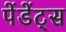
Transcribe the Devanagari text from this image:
पेंडेंट्स